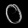
Digit: ၀